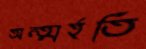
অন্ত্মর্হতি